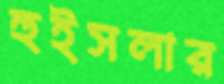
হুইসলার